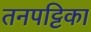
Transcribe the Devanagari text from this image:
तनपट्टिका